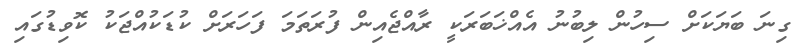
ގިނަ ބަޔަކަށް ސިހުން ލިބުނު އެއްޚަބަރަކީ ރާއްޖެއިން ފުރަތަމަ ފަހަރަށް ކުޑަކުއްޖަކު ކޮވިޑުގައި